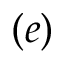
( e )